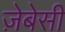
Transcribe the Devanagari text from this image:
ज़ेबेसी